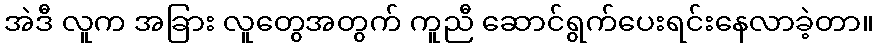
အဲဒီ လူက အခြား လူတွေအတွက် ကူညီ ဆောင်ရွက်ပေးရင်းနေလာခဲ့တာ။